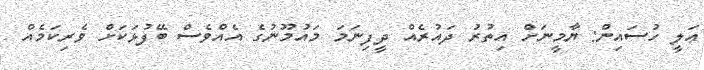
ޢަލީ ހުސައިން: ޔާމީނަށް އިތުރު ދައުރެއް ދީފިނަމަ މައުމޫނުގެ އެއްވެސް ބޭފުޅަކަށް ވެރިކަމެއް